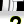
Digit: 2